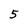
Character: 5